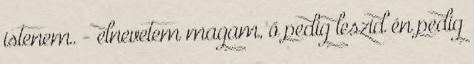
istenem. - elnevetem magam, ő pedig leszid én pedig